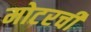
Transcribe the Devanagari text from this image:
मोटरची